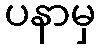
ပနာမှ